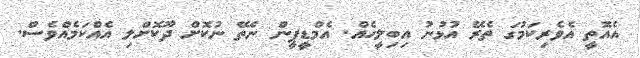
އެއޮތީ އެވެރިކަމުގަ ތެރޭ އުޅުނު އިބިލީހެއް. އެމްޑީޕީން ނެތޭ ނުކޮށް ދޫކޮށްލި އެއްކަމެއްވެސް.